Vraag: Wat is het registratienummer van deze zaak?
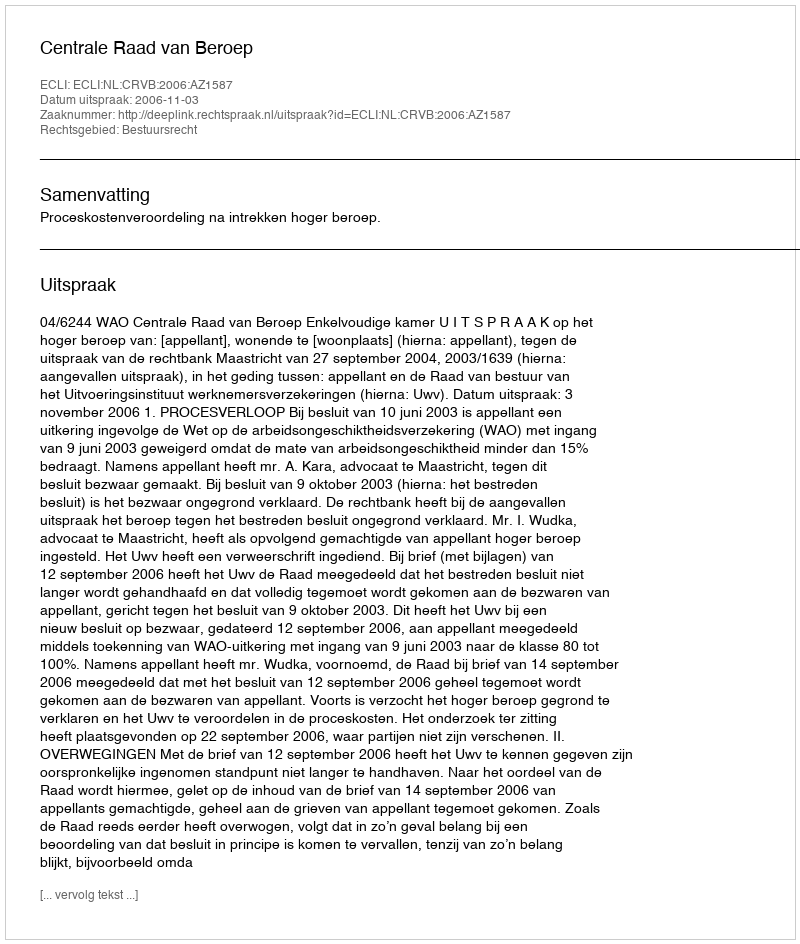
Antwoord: http://deeplink.rechtspraak.nl/uitspraak?id=ECLI:NL:CRVB:2006:AZ1587